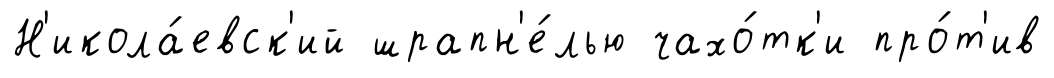
Н'икола́евск'ий шрапн'е́лью чахо́тк'и про́т'ив